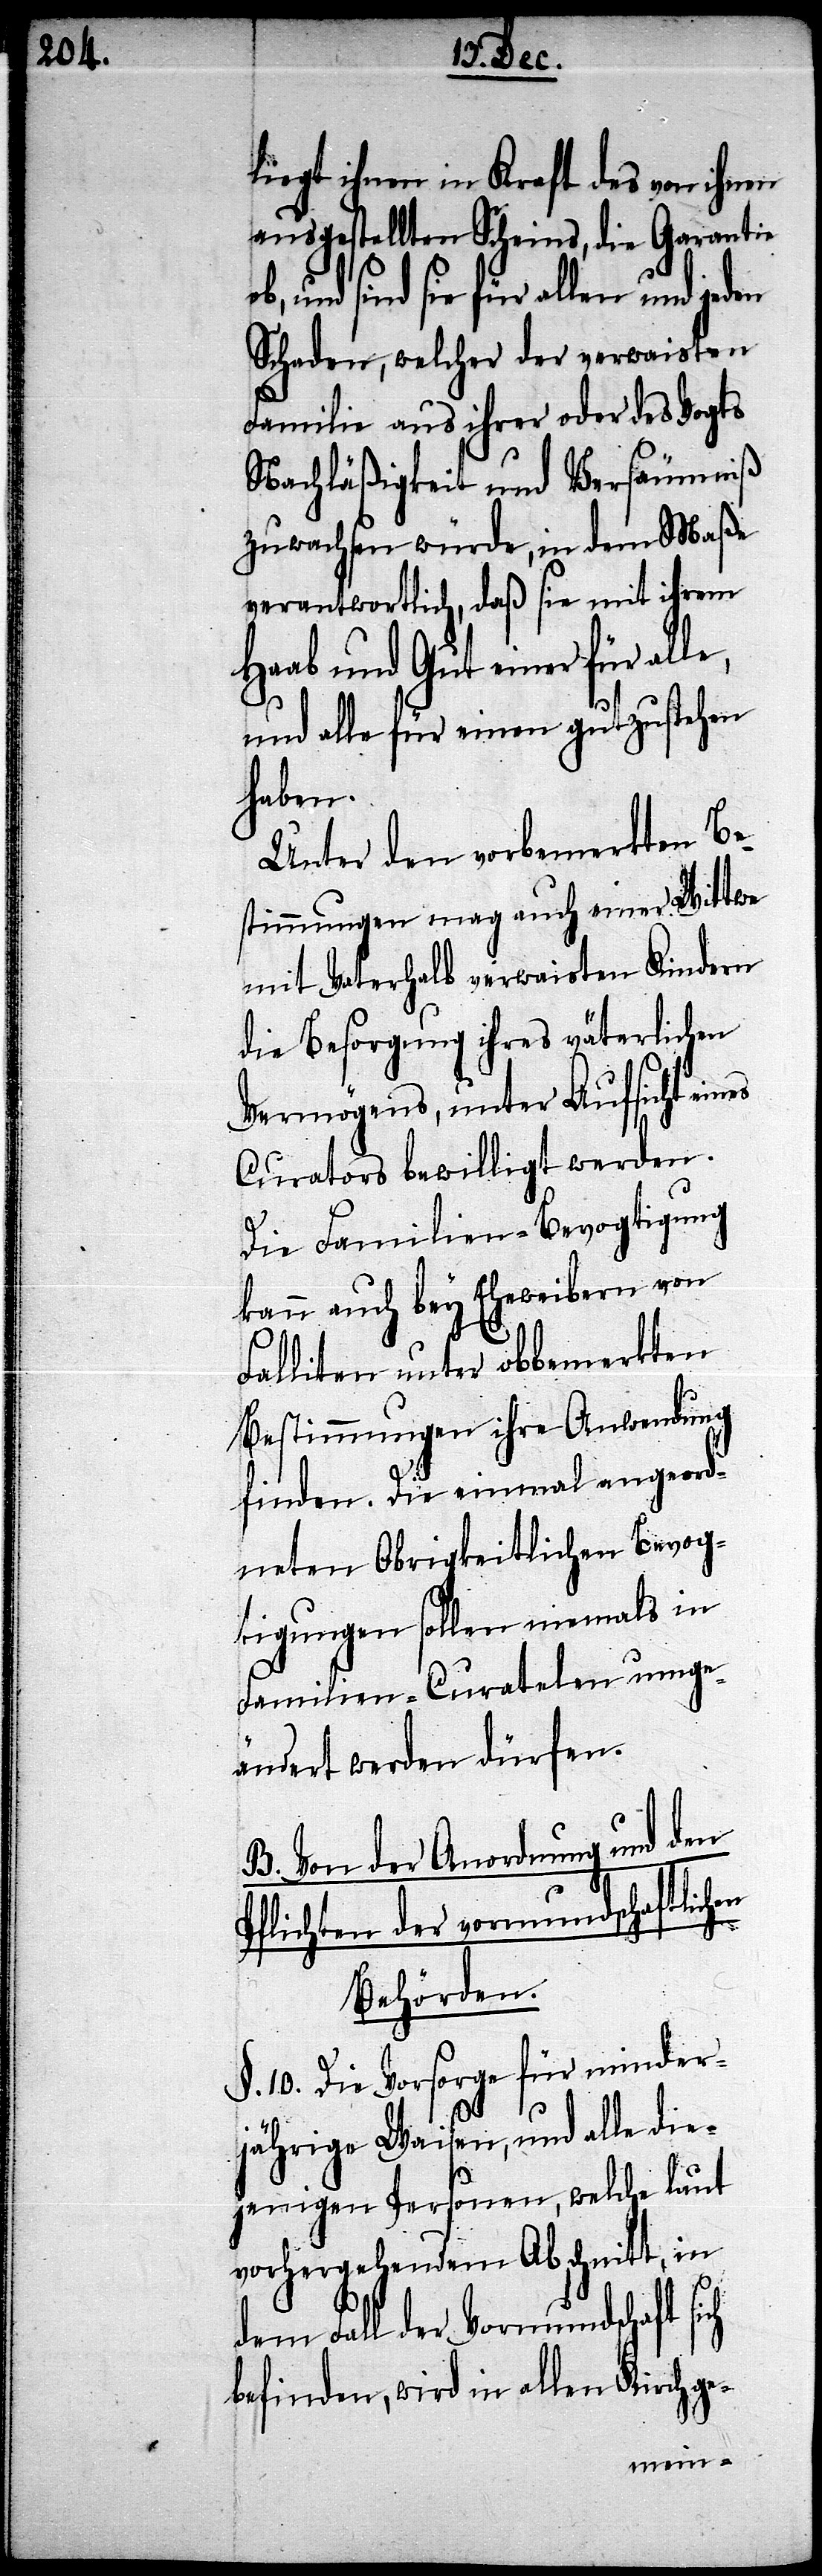
liegt ihnen in Kraft des von ihnen
ausgestellten Scheins, die Garantie
sind sie für allen und jeden
Schaden, welcher der verwaisten
Familie aus ihrer oder des Vogts
Nachläßigkeit und Versäumniß
zuwachsen würde, in dem Maße
verantwortlich, daß sie mit ihrem
Haab und Gut einer für all¬
und alle für einen gutzustehen
haben.
Unter den vorbemeldten Be¬
stimmungen mag auch einer Wittwe
mit Vaterhalb verwaisten Kindern
die Besorgung ihres väterlichen
Vermögens, unter Aufsicht
Curators bewilligt werden.
Die Familien-Bevogtigung
kann auch bey Eheweibern von F¬
ailliten unter obbemeldten
Bestimmungen ihre Anwendung
finden. Die einmal angeord¬
neten Obrigkeitlichen Bevog¬
tigungen sollen niemals in
ändert werden dürfen.
B. Von der Anordnung und den
Pflichten der vormundschaftlichen
Behörden.
§. 10. Die Vorsorge für minder¬
jährige Waisen, und alle die¬
jenigen Personen, welche laut
vorhergehendem Abschnitt, in
dem Fall der Vormundschaft
befinden, wird in allen Kirchge-
umge¬